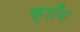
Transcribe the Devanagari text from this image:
क्रौय